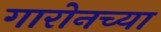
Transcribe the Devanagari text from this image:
गारोनच्या